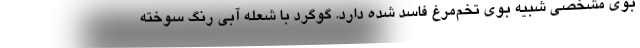
بوی مشخصی شبیه بوی تخم‌مرغ فاسد شده‌ دارد. گوگرد با شعله آبی رنگ سوخته